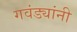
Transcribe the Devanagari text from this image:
गवंड्यांनी